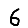
Digit: 6